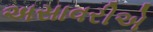
અસાવરીએ